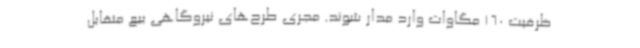
ظرفیت 160 مگاوات وارد مدار شوند. مجری طرح‌های نیروگاهی بیع متقابل